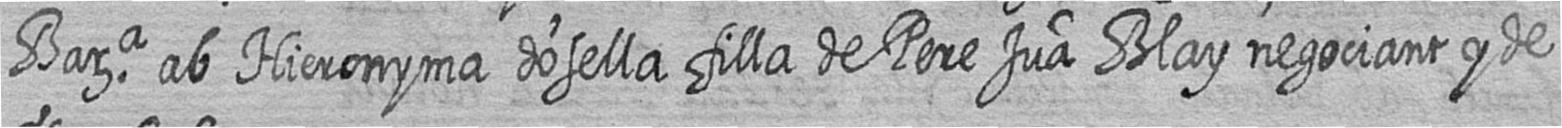
Bara ab Hieronyma dosella filla de Pere Jua Blay negociant y de